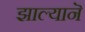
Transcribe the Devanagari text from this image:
झाल्यानॆ